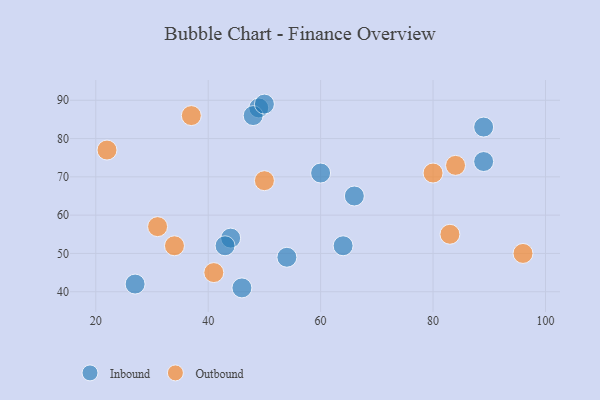
{"axis": {"x": "GDP", "y": "Life Expectancy"}, "legend": ["Inbound", "Outbound"], "data": [{"x": "27", "y": 42, "type": "Inbound"}, {"x": "44", "y": 54, "type": "Inbound"}, {"x": "49", "y": 88, "type": "Inbound"}, {"x": "48", "y": 86, "type": "Inbound"}, {"x": "43", "y": 52, "type": "Inbound"}, {"x": "64", "y": 52, "type": "Inbound"}, {"x": "46", "y": 41, "type": "Inbound"}, {"x": "66", "y": 65, "type": "Inbound"}, {"x": "60", "y": 71, "type": "Inbound"}, {"x": "50", "y": 89, "type": "Inbound"}, {"x": "54", "y": 49, "type": "Inbound"}, {"x": "89", "y": 83, "type": "Inbound"}, {"x": "89", "y": 74, "type": "Inbound"}, {"x": "41", "y": 45, "type": "Outbound"}, {"x": "22", "y": 77, "type": "Outbound"}, {"x": "80", "y": 71, "type": "Outbound"}, {"x": "31", "y": 57, "type": "Outbound"}, {"x": "96", "y": 50, "type": "Outbound"}, {"x": "84", "y": 73, "type": "Outbound"}, {"x": "34", "y": 52, "type": "Outbound"}, {"x": "50", "y": 69, "type": "Outbound"}, {"x": "83", "y": 55, "type": "Outbound"}, {"x": "37", "y": 86, "type": "Outbound"}]}